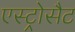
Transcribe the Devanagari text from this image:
एस्ट्रोसैट